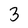
Character: 3